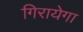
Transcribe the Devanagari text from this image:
गिरायेगा